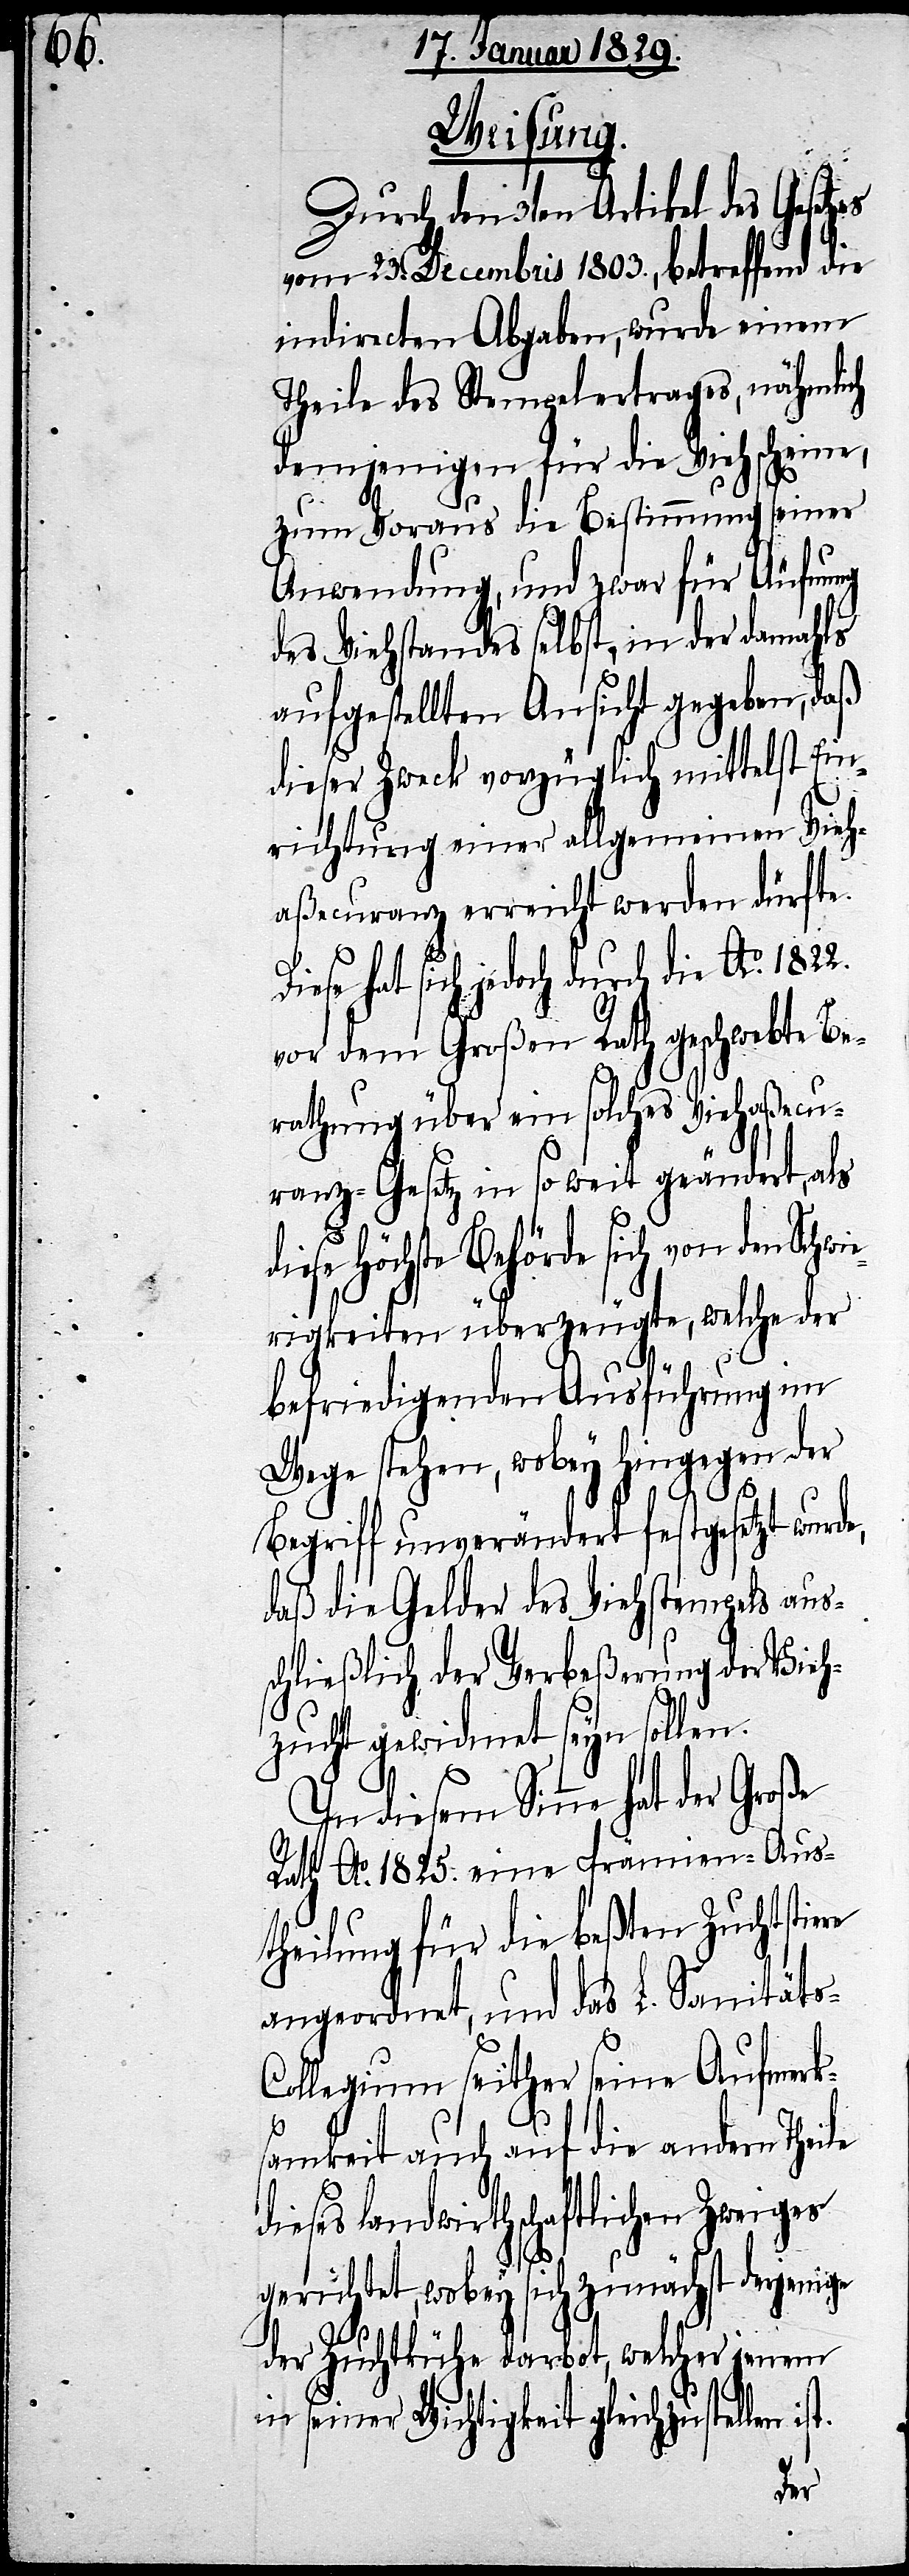
Weisung.
Durch den 3ten Artikel des Gesetz¬
vom 23. Decembris 1803., betreffend die
indirecten Abgaben, wurde einem
Theile des Stempelertrages, nähmlich
denjenigen für die Viehscheine,
zum Voraus die Bestimmung seiner
Anwendung, und zwar für Äufnung
des Viehstandes selbst, in der damahls
aufgestellten Ansicht gegeben, daß
dieser Zweck vorzüglich mittelst Vie¬
haßecuranz erreicht werden dürfte.
Diese hat sich jedoch durch die Ao. 1822.
vor dem Großen Rath geschwebte Be¬
rathung über ein solches Viehaßecu¬
ranz-Gesetz in so weit geändert, als
iese Höchste Behörde sich von den Schw¬
ierigkeiten überzeugte, welche der
befriedigenden Ausführung im
Wege stehen, wobey hingegen der
s-C¬
Begriff unverändert festgesetzt wurd¬
daß die Gelder des Viehstempels aus¬
schließlich der Verbeßerung der Vieh¬
zucht gewidmet seyn sollen.
In diesem Sinne hat der Große
Rath Ao. 1825. eine Prämien-Aus¬
theilung für die beßten Zuchtstie¬
angeordnet, und das L. Sanität¬
ollegium seither seine Aufmerk¬
samkeit auch auf die andern Theile
ieses landwirthschaftlichen Zweiges
gerichtet, wobey sich zunächst derjenige
der Zuchtkühe darbot, welcher jenem
d¬
in seiner Wichtigkeit gleichzustellen ist.